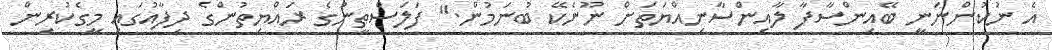
އެ ނުކުންނަނީ ބޭއިންސާފާ ލާއިންސާނިއްޔަތަށް ނޫނެކޭ ބުނަމުން." ފަލަސްތީނުގެ ރައްޔިތުންގެ ދިފާއުގައި މީގެކުރިން